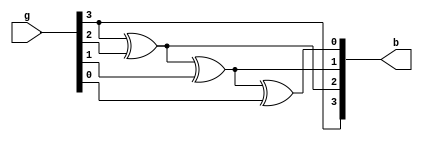
module grtobi(g,b);
	parameter n=4;
	input [n-1:0] g;
	output [n-1:0] b;
	reg [n-1:0] b;
	integer i;
	always@(g)
	begin
		b[n-1] = g[n-1];
		for(i=n-2;i>=0;i=i-1)
		begin
			b[i] = b[i+1] ^ g[i];
		end
	end
endmodule